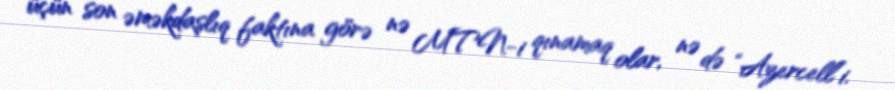
üçün son əməkdaşlıq faktına görə nə MTN-i qınamaq olar, nə də “Azercell”i.